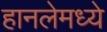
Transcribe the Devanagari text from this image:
हानलेमध्ये